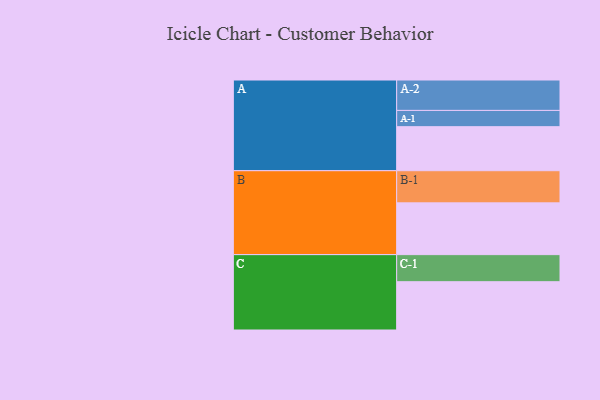
{"axis": {"x": "Segment", "y": "Value"}, "legend": ["", "A", "B", "C"], "data": [{"x": "A", "y": 330, "type": ""}, {"x": "B", "y": 388, "type": ""}, {"x": "C", "y": 362, "type": ""}, {"x": "A-1", "y": 122, "type": "A"}, {"x": "A-2", "y": 228, "type": "A"}, {"x": "B-1", "y": 241, "type": "B"}, {"x": "C-1", "y": 203, "type": "C"}]}